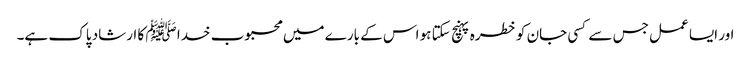
اور ایسا عمل جس سے کسی جان کو خطرہ پہنچ سکتا ہو اس کے بارے میں محبوب خدا ﷺ کا ارشاد پاک ہے۔